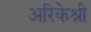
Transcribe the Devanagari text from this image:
अरिकेश्री